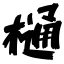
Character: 樋